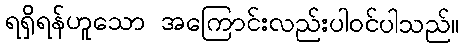
ရရှိရန်ဟူသော အကြောင်းလည်းပါဝင်ပါသည်။